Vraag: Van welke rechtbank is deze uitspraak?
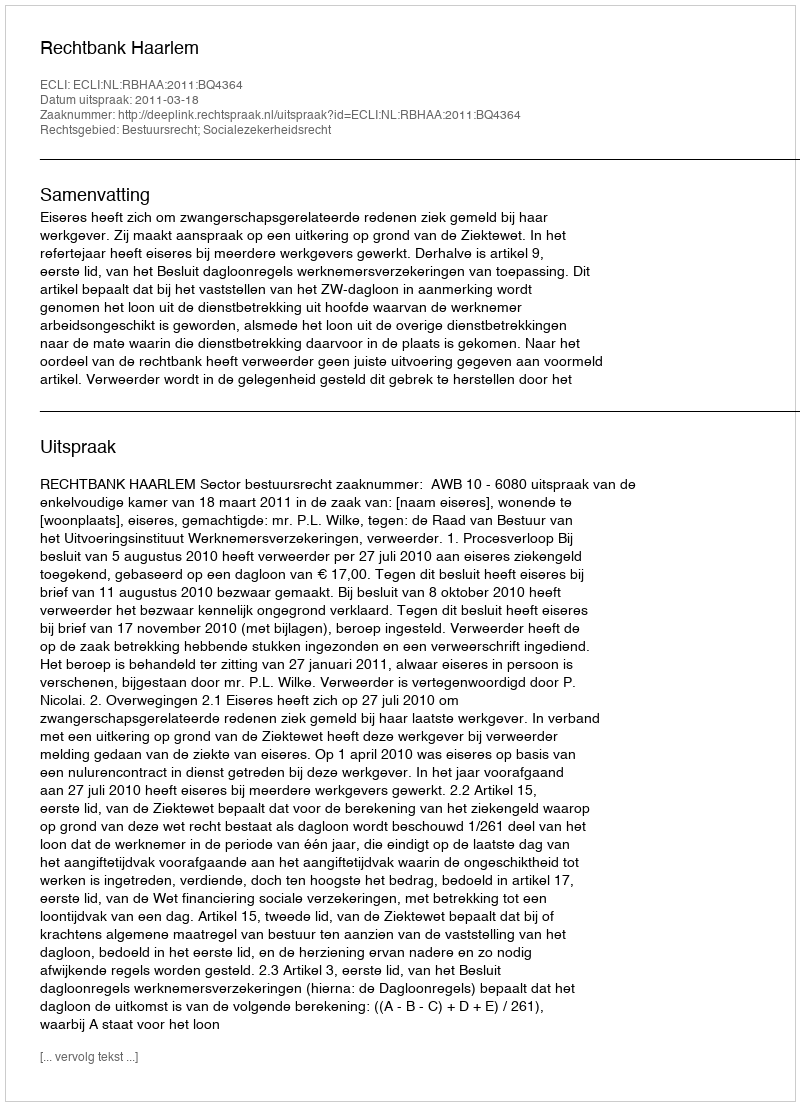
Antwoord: Rechtbank Haarlem